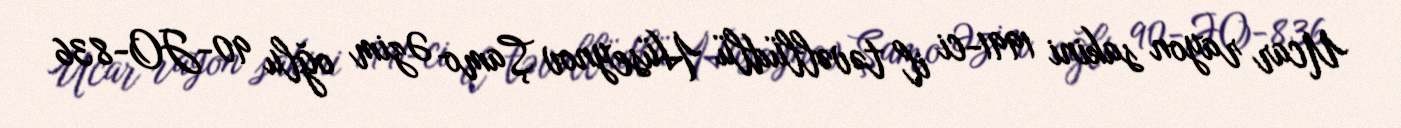
Ucar rayon sakini 1991-ci il təvəllüdlü Hüseynov Şamo Əzim oğlu 90-JO-836